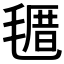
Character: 𣯗